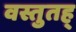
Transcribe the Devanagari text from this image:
वस्तुतह्